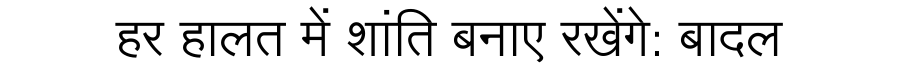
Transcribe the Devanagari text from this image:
हर हालत में शांति बनाए रखेंगे: बादल